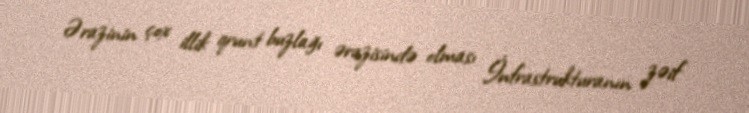
Ərazinin çox illik qrunt buzlağı ərazisində olması İnfrastrukturanın zəif